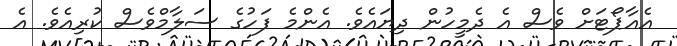
އެއާޕޯޓަށް ވެސް އެ ދެމީހުން ދިޔައެވެ. އެންމެ ފަހުގެ ސަލާމްވެސް ކުރިއެވެ. އެ